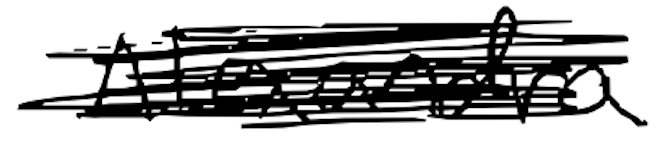
Text: Alexandra
Cross-out: scratch
Writing tool: digital_black